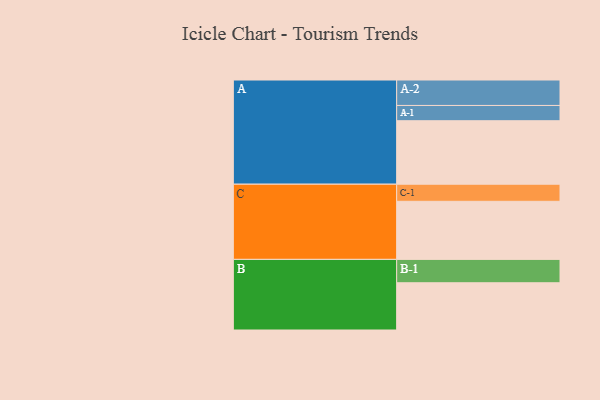
{"axis": {"x": "Segment", "y": "Value"}, "legend": ["", "A", "B", "C"], "data": [{"x": "A", "y": 516, "type": ""}, {"x": "B", "y": 384, "type": ""}, {"x": "C", "y": 472, "type": ""}, {"x": "A-1", "y": 124, "type": "A"}, {"x": "A-2", "y": 207, "type": "A"}, {"x": "B-1", "y": 190, "type": "B"}, {"x": "C-1", "y": 139, "type": "C"}]}